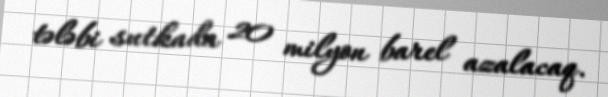
tələbi sutkada 20 milyon barel azalacaq.